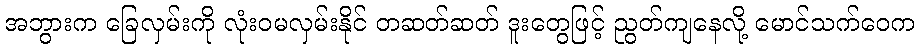
အဘွားက ခြေလှမ်းကို လုံးဝမလှမ်းနိုင် တဆတ်ဆတ် ဒူးတွေဖြင့် ညွတ်ကျနေလို့ မောင်သက်ဝေက